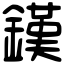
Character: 𨫪